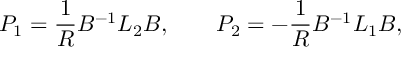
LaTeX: P _ { 1 } = { \frac { 1 } { R } } B ^ { - 1 } L _ { 2 } B , \qquad P _ { 2 } = - { \frac { 1 } { R } } B ^ { - 1 } L _ { 1 } B ,